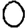
Digit: 0